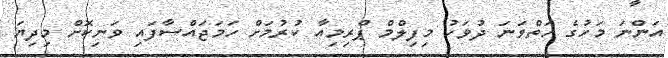
އަންނަ މަހުގެ ހަތްވަނަ ދުވަހު މިފިލްމް ޕްރިމިއާ ކުރުމަށް ހަމަޖައްސާފައި ވަނިކޮށް މިދިޔަ